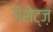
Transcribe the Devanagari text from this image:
गेसेट्ज़